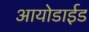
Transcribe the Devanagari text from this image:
आयोडाईड